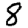
Digit: 8